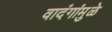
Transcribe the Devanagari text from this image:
वादंगांमुळे